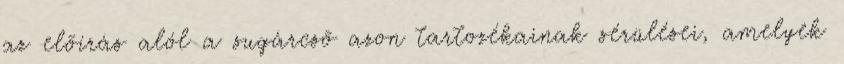
az elõírás alól a sugárcsõ azon tartozékainak sérülései, amelyek